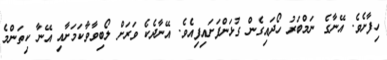
ހިފާށެވެ. އޭނާގެ ނަމްބަރު ހޯދައިގެން ގުޅަންފަށައިފިއެވެ. އޭނާދެކެ ވަރަށް ލޯބިވާވާކަމަށާއި އޭނާ ކިތަންމެ